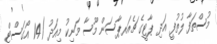
މުސްތަފާ ލުތުފީ އަދި ޕާޓީގެ ޗެއަރޕާސަން މޫސާ މަނިކު މިއަދު (14 އޯގަސްޓް